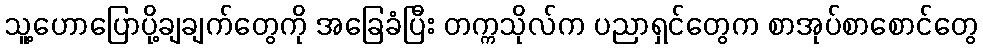
သူ့ဟောပြောပို့ချချက်တွေကို အခြေခံပြီး တက္ကသိုလ်က ပညာရှင်တွေက စာအုပ်စာစောင်တွေ